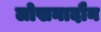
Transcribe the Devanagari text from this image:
लोखनादौन